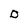
Character: o